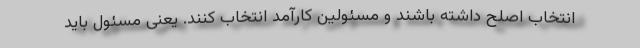
انتخاب اصلح داشته باشند و مسئولین کارآمد انتخاب کنند. یعنی مسئول باید